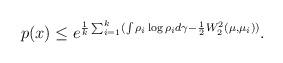
LaTeX: \begin{align*}p(x) \le e^{\frac{1}{k} \sum_{i=1}^k (\int \rho_i \log \rho_i d \gamma - \frac{1}{2} W^2_2(\mu, \mu_i))}.\end{align*}